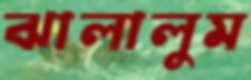
ঝালালুম